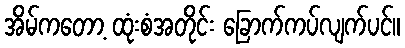
အိမ်ကတော့ ထုံးစံအတိုင်း ခြောက်ကပ်လျက်ပင်။